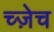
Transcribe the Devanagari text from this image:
च्ज़ेच